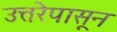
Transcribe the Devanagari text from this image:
उत्तरेपासून